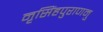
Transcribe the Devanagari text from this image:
नृसिंहपुराणमु